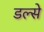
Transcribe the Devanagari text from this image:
डल्से